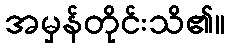
အမှန်တိုင်းသိ၏။